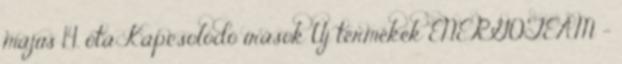
május 14. óta Kapcsolódó írások Új termékek ENERGOTEAM -